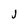
Character: j